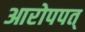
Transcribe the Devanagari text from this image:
आरोपपत्